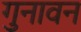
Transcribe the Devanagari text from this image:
गुनावन